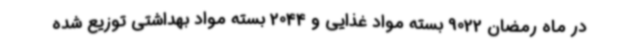
در ماه رمضان 9022 بسته مواد غذایی و 2044 بسته مواد بهداشتی توزیع شده